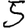
Digit: 5